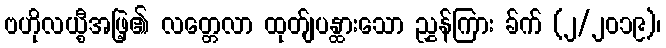
ဗဟိုလယ္စီအဖြဲ့၏ လတ္တေလာ ထုတ်ျပန္ထားသော ညွှန်ကြား ခ်က် (၂/၂၀၁၉)၊